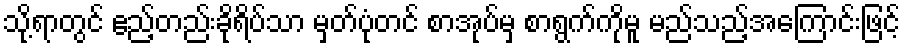
သို့ရာတွင် ဧည့်တည်းခိုရိပ်သာ မှတ်ပုံတင် စာအုပ်မှ စာရွက်ကိုမူ မည်သည့်အကြောင်းဖြင့်